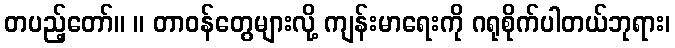
တပည့်တော်။ ။ တာဝန်တွေများလို့ ကျန်းမာရေးကို ဂရုစိုက်ပါတယ်ဘုရား၊